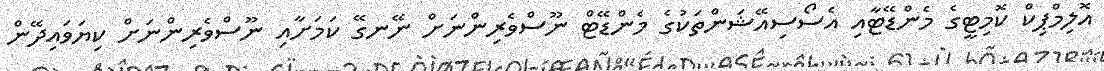
އޮލިމްޕިކް ކޮމިޓީގެ މެންޑޭޓާއި އެސޯސިއޭޝަންތަކުގެ މެންޑޭޓް ނޫސްވެރިންނަށް ނޭނގޭ ކަމަށާއި ނޫސްވެރިންނަށް ކިޔަވައިދޭން